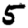
Digit: 5